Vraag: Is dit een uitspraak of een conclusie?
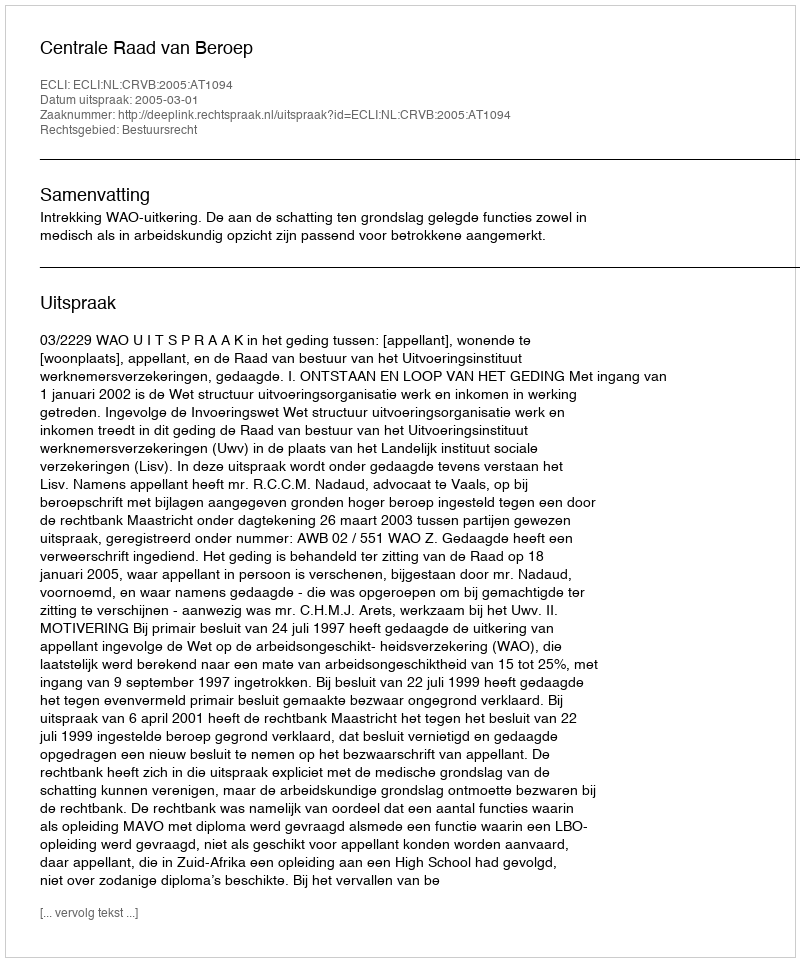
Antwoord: Uitspraak